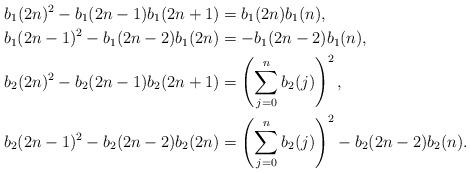
LaTeX: \begin{align*}b_1(2n)^2-b_1(2n-1)b_1(2n+1) & =b_1(2n)b_1(n),\\b_1(2n-1)^2-b_1(2n-2)b_1(2n) & =-b_1(2n-2)b_1(n),\\b_2(2n)^2-b_2(2n-1)b_2(2n+1) & =\left(\sum_{j=0}^n b_2(j)\right)^2,\\b_2(2n-1)^2-b_2(2n-2)b_2(2n) & =\left(\sum_{j=0}^n b_2(j)\right)^2-b_2(2n-2)b_2(n).\end{align*}